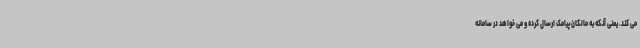
می کند. یعنی آنکه به مالکان پیامک ارسال کرده و می خواهد در سامانه